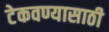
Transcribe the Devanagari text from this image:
टेकवण्यासाठी